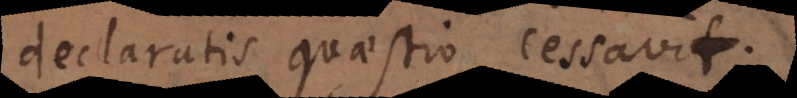
declaratis quaestio cessavit.